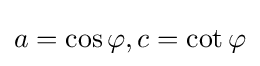
a=\cos \varphi ,c=\cot \varphi